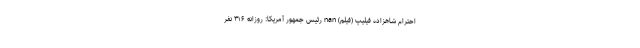
احترام شاهزاده فیلیپ (فیلم) nan رئیس جمهور آمریکا: روزانه ۳۱۶ نفر